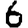
Digit: 6